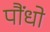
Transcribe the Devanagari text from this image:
पौंधो